Medical and sanitary report of the native army of Bengal for the year
Year: 1877
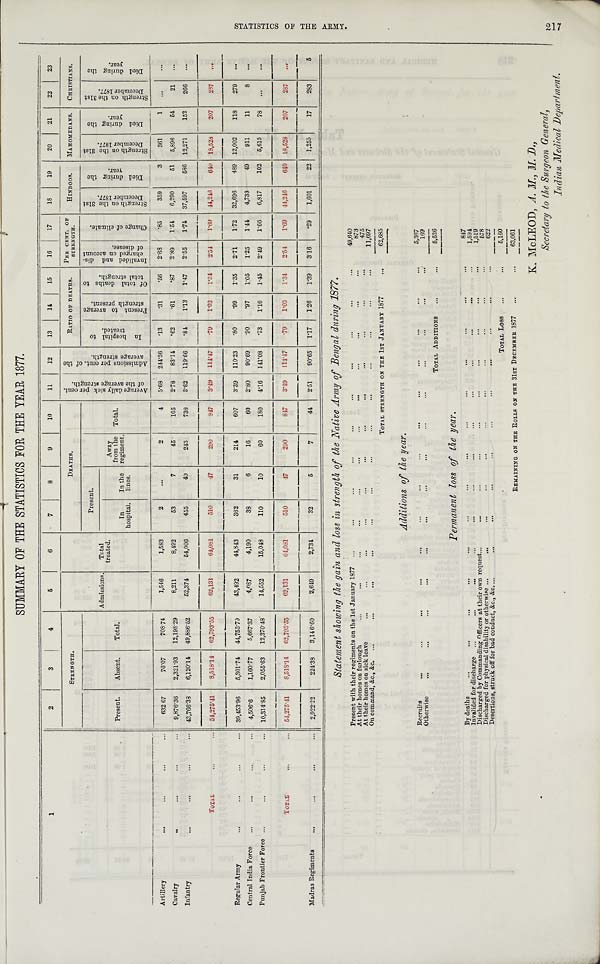
SUMMARY OF THE STATISTICS FOR THE YEAR 1877.
1
2
3
4
5
6
7
8
9
10
11
12
13
14
15
16
17
18
19
20
21
22
23
STRENGTH.
DEATHS.
A v e r a g e d a i l y s i c k p e r c e n t . o f t h e a v e r a g e s t r e n g t h .
A d m i s s i o n s p e r c e n t . o f t h e a v e r a g e s t r e n g t h .
RATIO OF DEATHS. PER CENT. OF
STRENGTH.
HINDOOS. MAH031EDANS. CHRISTIANS.
Present. Absent.
Total.
Admissions. Total
treated.
Present.
Away
from the
regiment. Total.
I n h o s p i t a l t o t r e a t e d .
P r e s e n t t o a v e r a g e s t r e n g t h p r e s e n t .
O f t o t a l d e a t h s t o t o t a l s t r e n g t h . I n v a l i d e d a n d d i s - c h a r g e d o n a c c o u n t o f d i s e a s e .
C h a n g e o f c l i m a t e .
S t r e n g t h o n t h e 3 1 s t D e c e m b e r 1 8 7 7 .
D i e d d u r i n g t h e y e a r . S t r e n g t h o n t h e 3 1 s t D e c e m b e r 1 8 7 7 .
D i e d d u r i n g t h e y e a r .
S t r e n g t h o n t h e 3 1 s t D e c e m b e r 1 8 7 7 .
D i e d d u r i n g t h e y e a r .
In
hospital.
In the
lines.
Artillery
...
... ...
632.67
76.07
708.74
1,546
1,583
2
...
2
4 5.68 244.36
. 1 3
. 3 1
. 5 6 2 . 6 8
. 8 5 359
3 361
1
. . . ...
Cavalry ... ... ... ...
9,876.36 2,321.93 12,198.29
8.211
8,492
53
7
45
105 2.78
83.14
. 6 2
. 6 1
. 8 7 2.89 1.54 6,290
51 5,896
54
21 ...
Infantry
...
...
43,766.38 6,120.14 49,886.52
52,374
54,006
455
40
243
738 3.62 119.66
. 8 4 1.13 1.47 2.55 1.74 37,597 586 12,271 152 266 ...
TOTAL
54,275.41 8,518.14
62,793.55
62,131
64,081
510
47
290
817 3.49 114.47
. 7 9 1.03
1.34 2.54
1 . 6 9 44,246 640 18,528 207 287 . . .
Regular Army
...
...
...
... 39,453.96
5 , 3 0 1 . 7 4
44,755.70
43,492
44,843
362
31
214
607 3.39 110.23
. 8 0
. 9 9 1.35 2.71 1.72 32,696 489 12,002 118 279 ...
Central India Force ...
...
... ... 4,506.6 1,160.77
5,667.37
4,087
4,190
38
6
16
60 2.80
90.69
. 9 0
. 9 7 1.05 1.25 1.44 4,733
49 911
11
8
. . .
Punjab Frontier Force ......
10,314.85 2,055.63 12,370.48
14,552
15,048
110
10
60
180 4.16 141.03
. 7 3 1.16 1.45 2.49 1.66 6,817 102 5,615
78 . . .
. . .
TOTAL
... ... 54,275.41 8,518.14 6 2 , 7 9 3 . 5 5
62,131
64,081
510
47 290
817 3.49
114.47
. 7 9 1.03
1.34 2.54 1.69 44,246 640 18,528 207 287
. . .
Madras Regiments ...... 2,922.22 224.38 3,146.60
2,649
2,734
32
5
7
44 2.51 90.65 1.17 1.26 1.39 3.16
. 2 9 1,601
22 1,255
17 283
5
Statement showing the gain and loss in strength of the Native Army of Bengal during 1877.
Present with their regiments on the 1st January 1877
. .
...
. . . ...
49,610
...
...
...
...
. . .
...
...
. . .
. . . ...
...
873
At their homes on furlough
...
...
...
. . .
. . .
. . .
. . .
. . .
. . .
. . .
. . .
. . .
475
At their homes on sick leave
...
On command, &c., &c. ... ... ...
...
. . .
. . .
. . . ...
. . .
. . .
. . .
. . .
...
11,697
TOTAL STR E NGTH ON THE 1ST JANUARY 1877
...
6 2 , 6 8 5
Additions of the year.
Recruits
. . .
...
...
...
..,
. . .
. . .
. . .
. . .
. . .
. . .
. . .
5,367 169
O t h e r w i s e
...
...
...
. . .
. . .
. . .
. . .
. . .
. . .
. . .
TOTAL ADDITIONS ..
...
5,536
Permanent loss of the year.
S T A T I S T I C S O F T H E A R M Y . 2 1 7
By deaths...
... ...
...
. . . ...
...
. . .
. . . . . .
847 1 , 5 9 4
Invalided for discharge
. . . . . .
. . .
. . .
. . .
. . .
. . .
. . .
. . .
. .
1 , 5 1 9
Discharged by Commanding officers at their own request...
. . . . . .
. . . . . .
. . .
. . .
. . .
. . .
. . .
. . .
5 7 8
Discharged for physical disability or otherwise ...
...
. . .
...
...
. . .
. . . ...
. . .
. . .
. . .
622
Desertions, struck off for bad conduct, &c., &c. ...
. . .
...
. . . ...
...
...TOTAL LOS
...
...
REMAINING ON THE ROLLS ON THE 31ST DECEMBER 1877
. . .
. . . 63,061
K. McLEOD, A. M., M. D.,
Secretary to the Surgeon, General,
Indian Medical Department.